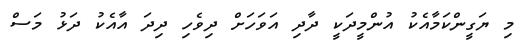
މި ޔަގީންކަމާއެކު އުންމީދަކީ ދާދި އަވަހަށް ދިވެހި ދިދަ އާއެކު ދަޅު މަސް